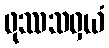
ဖုဿသဝှယံ